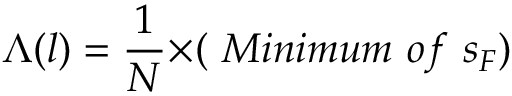
{ \Lambda } ( l ) = \frac { 1 } { N } { \times } ( ~ M i n i m u m ~ o f ~ s _ { F } )